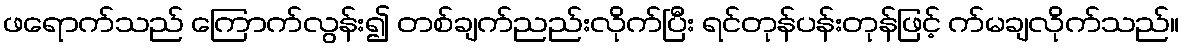
ဖရောက်သည် ကြောက်လွန်း၍ တစ်ချက်ညည်းလိုက်ပြီး ရင်တုန်ပန်းတုန်ဖြင့် က်မချလိုက်သည်။